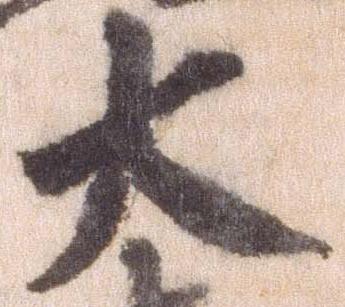
大